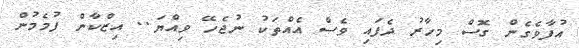
އުފާވެގެން ގޮސް މިހާރު ދެފައި ވެސް އެއްތަކު ނުޖެހޭ ވިއްޔަ.. އިޒްކާން ފުމެމުން